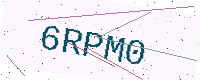
Text: 6RPM0